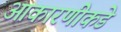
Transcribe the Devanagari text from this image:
आकारणीकडे